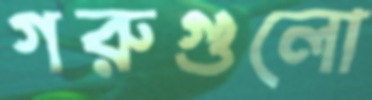
গরুগুলো